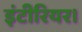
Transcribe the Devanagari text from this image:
इंटीरियर।